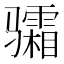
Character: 骦